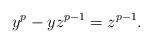
LaTeX: \begin{align*} y^p - y z^{p - 1} = z^{p - 1} .\end{align*}